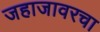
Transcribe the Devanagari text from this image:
जहाजावरचा